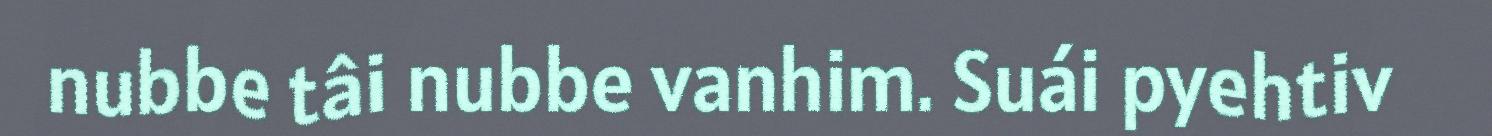
nubbe tâi nubbe vanhim. Suái pyehtiv